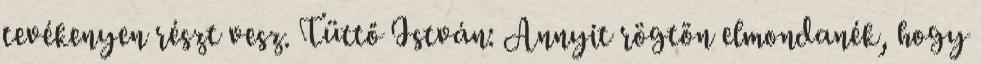
tevékenyen részt vesz. Tüttő István: Annyit rögtön elmondanék, hogy